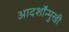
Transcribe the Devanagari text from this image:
आदर्शोंन्मुखी